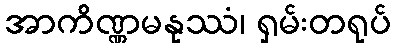
အာကိဏ္ဏမနုဿံ၊ ရှမ်းတရုပ်